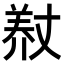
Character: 𮊨